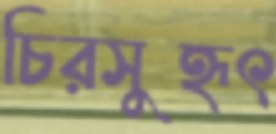
চিরসুহৃৎ